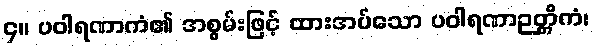
၄။ ပဝါရဏာကံ၏ အစွမ်းဖြင့် ထားအပ်သော ပဝါရဏာဉတ္တိကံ၊